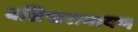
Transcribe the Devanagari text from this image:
वसिष्ठरामायण